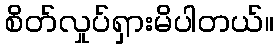
စိတ်လှုပ်ရှားမိပါတယ်။